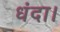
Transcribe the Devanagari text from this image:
धंदा।